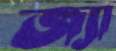
জ্যা